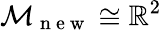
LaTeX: \mathcal{M}_{\mathrm{~n~e~w~}}\cong\mathbb{R}^{2}